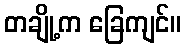
တချို့က ခြေကျင်။